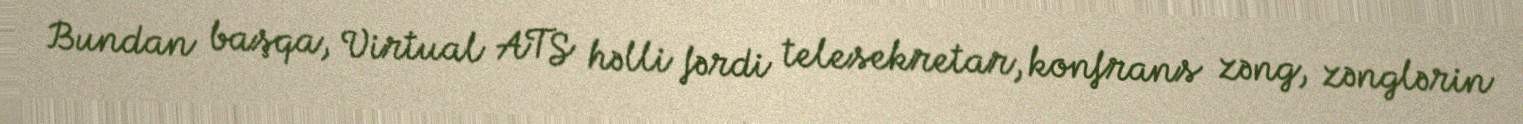
Bundan başqa, Virtual ATS həlli fərdi telesekretar, konfrans zəng, zənglərin